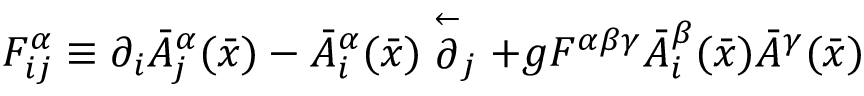
F _ { i j } ^ { \alpha } \equiv \partial _ { i } \bar { A } _ { j } ^ { \alpha } ( \bar { x } ) - \bar { A } _ { i } ^ { \alpha } ( \bar { x } ) \stackrel { \leftarrow } \partial _ { j } + g F ^ { \alpha \beta \gamma } \bar { A } _ { i } ^ { \beta } ( \bar { x } ) \bar { A } ^ { \gamma } ( \bar { x } )